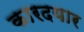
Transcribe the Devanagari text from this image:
कारदयार